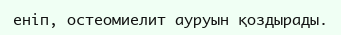
еніп, остеомиелит ауруын қоздырады.